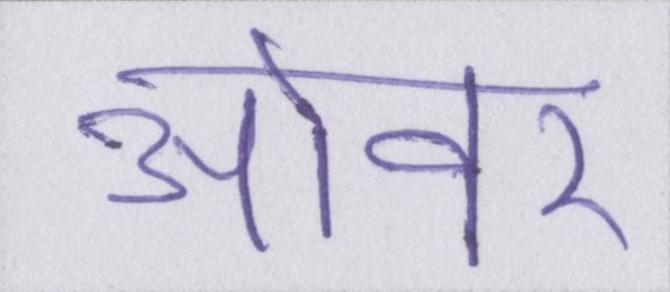
ओवर